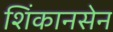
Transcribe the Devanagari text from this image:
शिंकानसेन